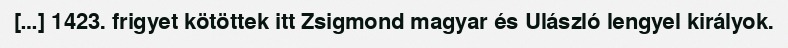
[…] 1423. frigyet kötöttek itt Zsigmond magyar és Ulászló lengyel királyok.